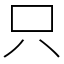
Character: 只